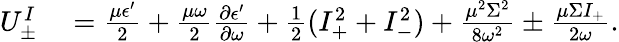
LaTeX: \begin{array}{rl}{U_{\pm}^{I}}&{{}=\frac{\mu\epsilon^{\prime}}{2}+\frac{\mu\omega}{2}\frac{\partial\epsilon^{\prime}}{\partial\omega}+\frac{1}{2}(I_{+}^{2}+I_{-}^{2})+\frac{\mu^{2}\Sigma^{2}}{8\omega^{2}}\pm\frac{\mu\Sigma I_{+}}{2\omega}.}\end{array}